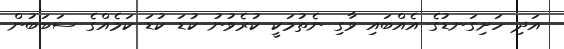
އަދި ހަށިގަނޑުގެ އެއްބައި ވާގި ނެތުމަކީ ކުރެވުނު ކުޑަ ކުޑަ ކަމެއްގެ ސަބަބުން